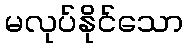
မလုပ်နိုင်သော